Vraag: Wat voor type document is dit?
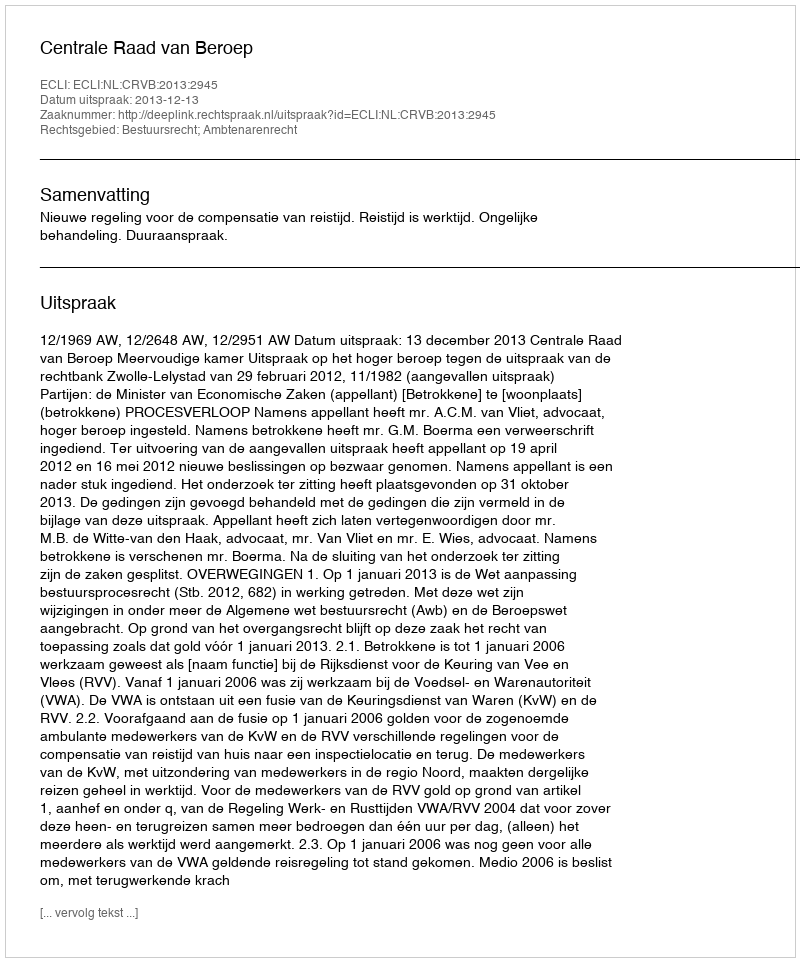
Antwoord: Uitspraak